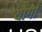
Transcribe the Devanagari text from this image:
योर्गा